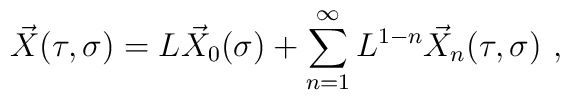
\vec{X}(\tau,\sigma) = L \vec{X}_{0}(\sigma) +\sum_{n=1}^{\infty} L^{1-n} \vec{X}_{n}(\tau,\sigma)\ ,